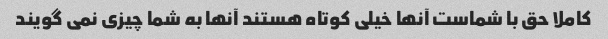
کاملا حق با شماست آنها خیلی کوتاه هستند آنها به شما چیزی نمی گویند